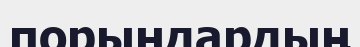
порындардың